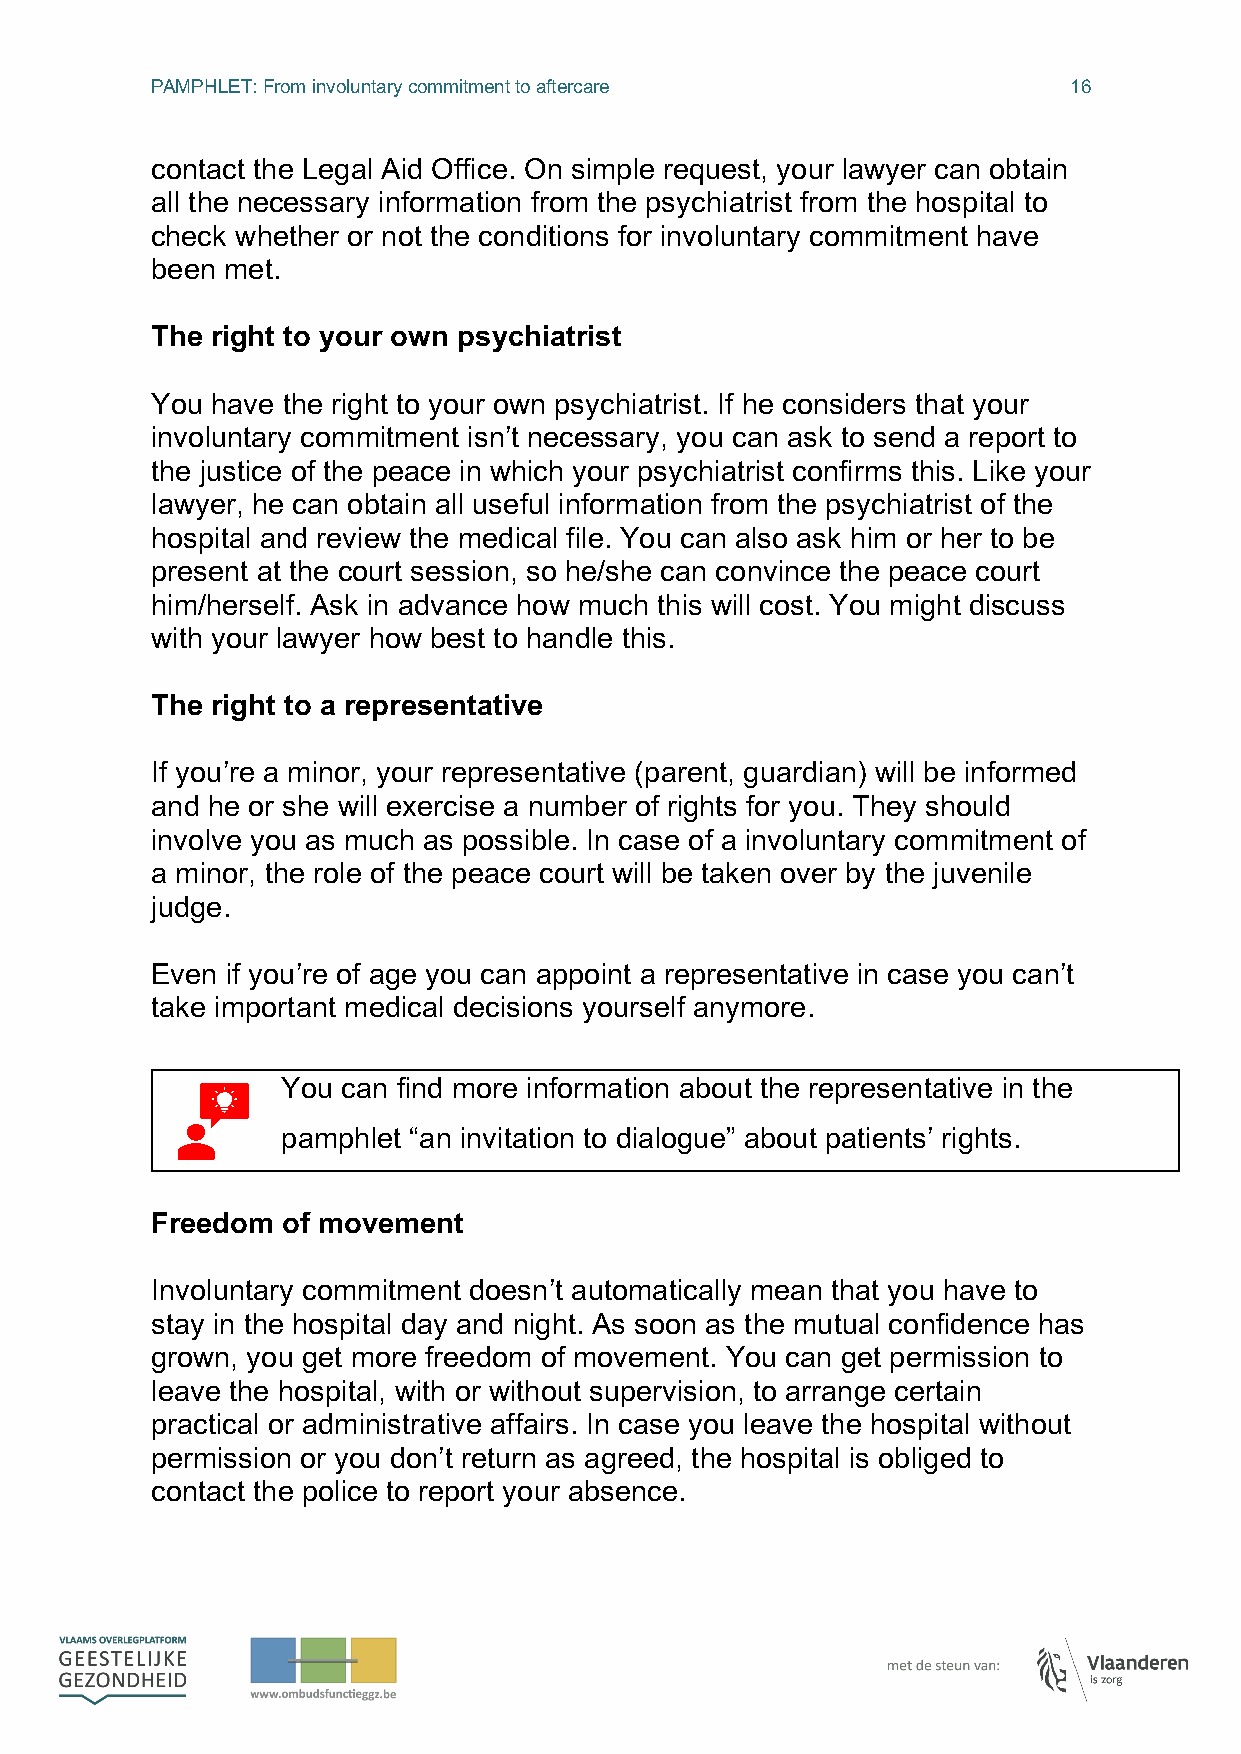
PAMPHLET: From involuntary commitment to aftercare           16
 contact the Legal Aid Office. On simple request, your lawyer can obtain
 all the necessary information from the psychiatrist from the hospital to
 check whether or not the conditions for involuntary commitment have
 been met.
 The right to your own psychiatrist
 You have the right to your own psychiatrist. If he considers that your
 involuntary commitment isn’t necessary, you can ask to send a report to
 the justice of the peace in which your psychiatrist confirms this. Like your
 lawyer, he can obtain all useful information from the psychiatrist of the
 hospital and review the medical file. You can also ask him or her to be
 present at the court session, so he/she can convince the peace court
 him/herself. Ask in advance how much this will cost. You might discuss
 with your lawyer how best to handle this.
 The right to a representative
 If you’re a minor, your representative (parent, guardian) will be informed
 and he or she will exercise a number of rights for you. They should
 involve you as much as possible. In case of a involuntary commitment of
 a minor, the role of the peace court will be taken over by the juvenile
 judge.
 Even if you’re of age you can appoint a representative in case you can’t
 take important medical decisions yourself anymore.
 You can find more information about the representative in the
 pamphlet “an invitation to dialogue” about patients’ rights.
 Freedom  of movement
 Involuntary commitment doesn’t automatically mean that you have to
 stay in the hospital day and night. As soon as the mutual confidence has
 grown, you get more freedom of movement. You can get permission to
 leave the hospital, with or without supervision, to arrange certain
 practical or administrative affairs. In case you leave the hospital without
 permission or you don’t return as agreed, the hospital is obliged to
 contact the police to report your absence.